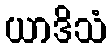
ယာဒိသံ